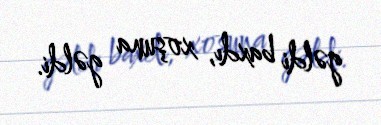
gəldi baxdı, xoşuna gəldi.